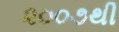
૨૦૦૭થી